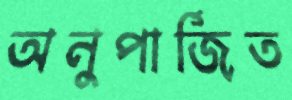
অনুপার্জিত